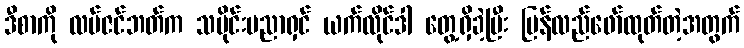
ဒီစာကို လပ်ဇင်ဘတ်က သမိုင်းပညာရှင် ယက်လိုင်ဒါ တွေ့ရှိခဲ့ပြီး ပြန်လည်ဖော်ထုတ်တဲ့အတွက်